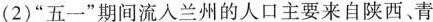
(2)”五一”期间流入兰州的人口主要来自陕西、青